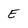
Character: E